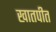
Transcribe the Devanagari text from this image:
खातपीत